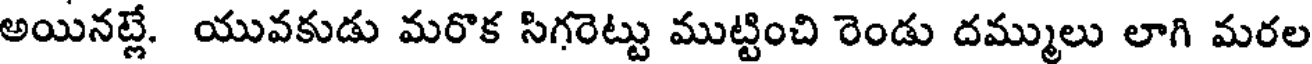
అయినట్లే. యువకుడు మరొక సిగరెట్టు ముట్టించి రెండు దమ్ములు లాగి మరల